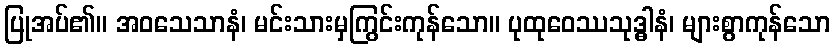
ပြုအပ်၏။ အဝသေသာနံ၊ မင်းသားမှကြွင်းကုန်သော။ ပုထုဝေဿသုဒ္ဓါနံ၊ များစွာကုန်သော